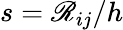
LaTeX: s={\mathscr{R}_{ij}}{/h}